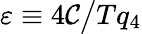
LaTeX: \varepsilon\equiv4\mathcal{C}\big/Tq_{4}